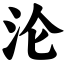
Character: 沦